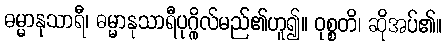
ဓမ္မာနုသာရီ၊ ဓမ္မာနုသာရီပုဂ္ဂိုလ်မည်၏ဟူ၍။ ဝုစ္စတိ၊ ဆိုအပ်၏။